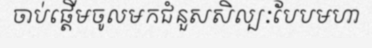
ចាប់ផ្តើមចូលមកជំនួសសិល្បៈបែបមហា